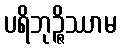
ပရိဘုဉ္ဇိဿာမ